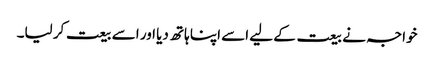
خواجہ نے بیعت کے لیے اسے اپنا ہاتھ دیا اور اسے بیعت کر لیا۔